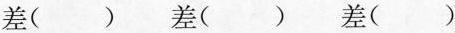
差( ) 差( ) 差( )